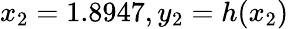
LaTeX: x_{2}=1.8947,y_{2}=h(x_{2})